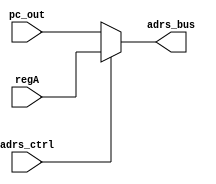
module address_mux(regA, pc_out, adrs_ctrl, adrs_bus);

input [15:0] regA;
input [15:0] pc_out;
input adrs_ctrl;
output [15:0] adrs_bus;

assign adrs_bus = (adrs_ctrl)? regA : pc_out ;

endmodule